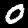
Label: 0